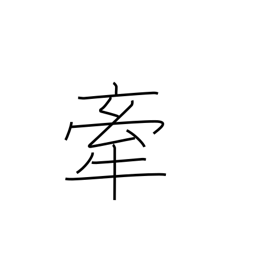
Meaning: drag